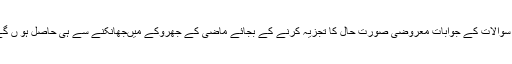
اِن سوالات کے جوابات معروضی صورت حال کا تجزیہ کرنے کے بجائے ماضی کے جھروکے میںجھانکنے سے ہی حاصل ہو ں گے۔